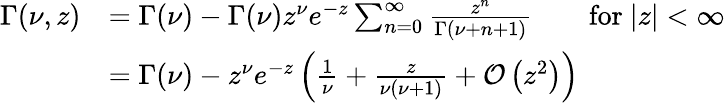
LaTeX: \begin{array}{rl}{\Gamma(\nu,z)}&{=\Gamma(\nu)-\Gamma(\nu)z^{\nu}e^{-z}\sum_{n=0}^{\infty}\frac{z^{n}}{\Gamma(\nu+n+1)}\qquad\mathrm{for}\ |z|<\infty}\\ &{=\Gamma(\nu)-z^{\nu}e^{-z}\left(\frac{1}{\nu}+\frac{z}{\nu(\nu+1)}+\mathcal{O}\left(z^{2}\right)\right)}\end{array}